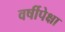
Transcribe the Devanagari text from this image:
वर्षीपेक्षा